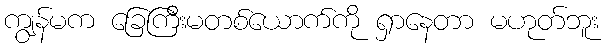
ကျွန်မက ခြေကြီးမတစ်ယောက်ကို ရှာနေတာ မဟုတ်ဘူး